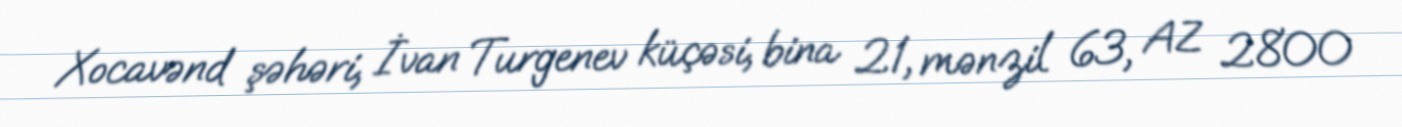
Xocavənd şəhəri, İvan Turgenev küçəsi, bina 21, mənzil 63, AZ 2800